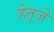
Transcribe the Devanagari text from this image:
हेतूजे